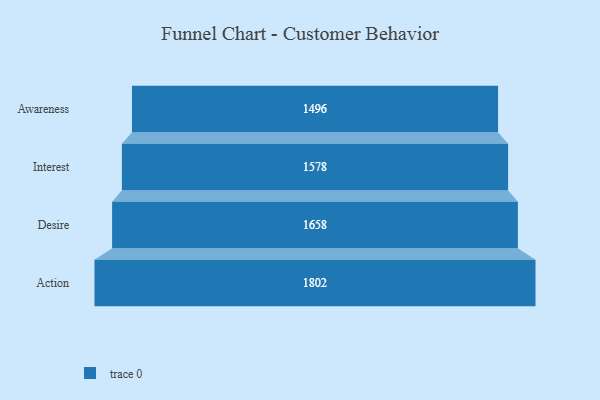
{"axis": {"x": "Stage", "y": "Value"}, "legend": [""], "data": [{"x": "Awareness", "y": 1496.0, "type": ""}, {"x": "Interest", "y": 1578.0, "type": ""}, {"x": "Desire", "y": 1658.0, "type": ""}, {"x": "Action", "y": 1802.0, "type": ""}]}